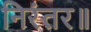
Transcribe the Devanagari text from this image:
निरंतर॥